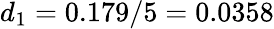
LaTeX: d_{1}=0.179/5=0.0358